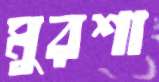
মুরশা